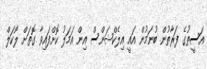
އަސީތުގެ ފަރާތުން ބުނަމުން އައީ އިލެކްޝަންސް އިން އަމަލު ކޮށްފައިވާ ގޮތަށް ލޯކަލް